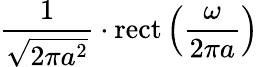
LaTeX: {\frac{1}{\sqrt{2\pi a^{2}}}}\cdot\operatorname{rect}\left({\frac{\omega}{2\pi a}}\right)